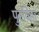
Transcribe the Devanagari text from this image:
पुरविता